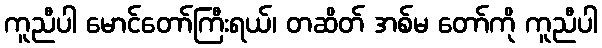
ကူညီပါ မောင်တော်ကြီးရယ်၊ တဆိတ် အစ်မ တော်ကို ကူညီပါ